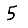
Digit: 5